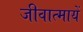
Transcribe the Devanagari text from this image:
जीवात्मायें